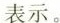
表示。